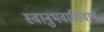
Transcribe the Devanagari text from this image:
स्वानुभवाशिवाय